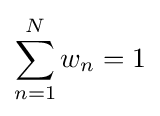
\sum _{n=1}^{N}w_{n}=1